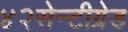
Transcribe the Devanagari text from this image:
४२सेन्टीग्रेड